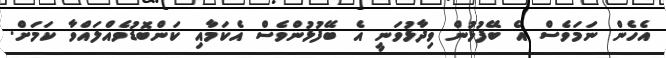
އެހެން ނަަމަވެސް އެ ބޭފުޅުން ވިދާޅުވަނީ އެ ބޭފުޅުންވެސް އެކަމާއި ކަންބޮޑުވެއްލައްވާ ކަމަށް.